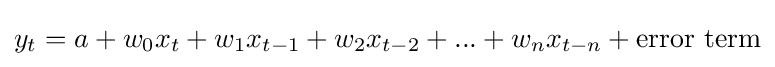
y_{t}=a+w_{0}x_{t}+w_{1}x_{t-1}+w_{2}x_{t-2}+...+w_{n}x_{t-n}+{\text{error term}}